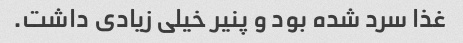
غذا سرد شده بود و پنیر خیلی زیادی داشت.